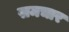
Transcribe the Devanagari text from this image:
समचार